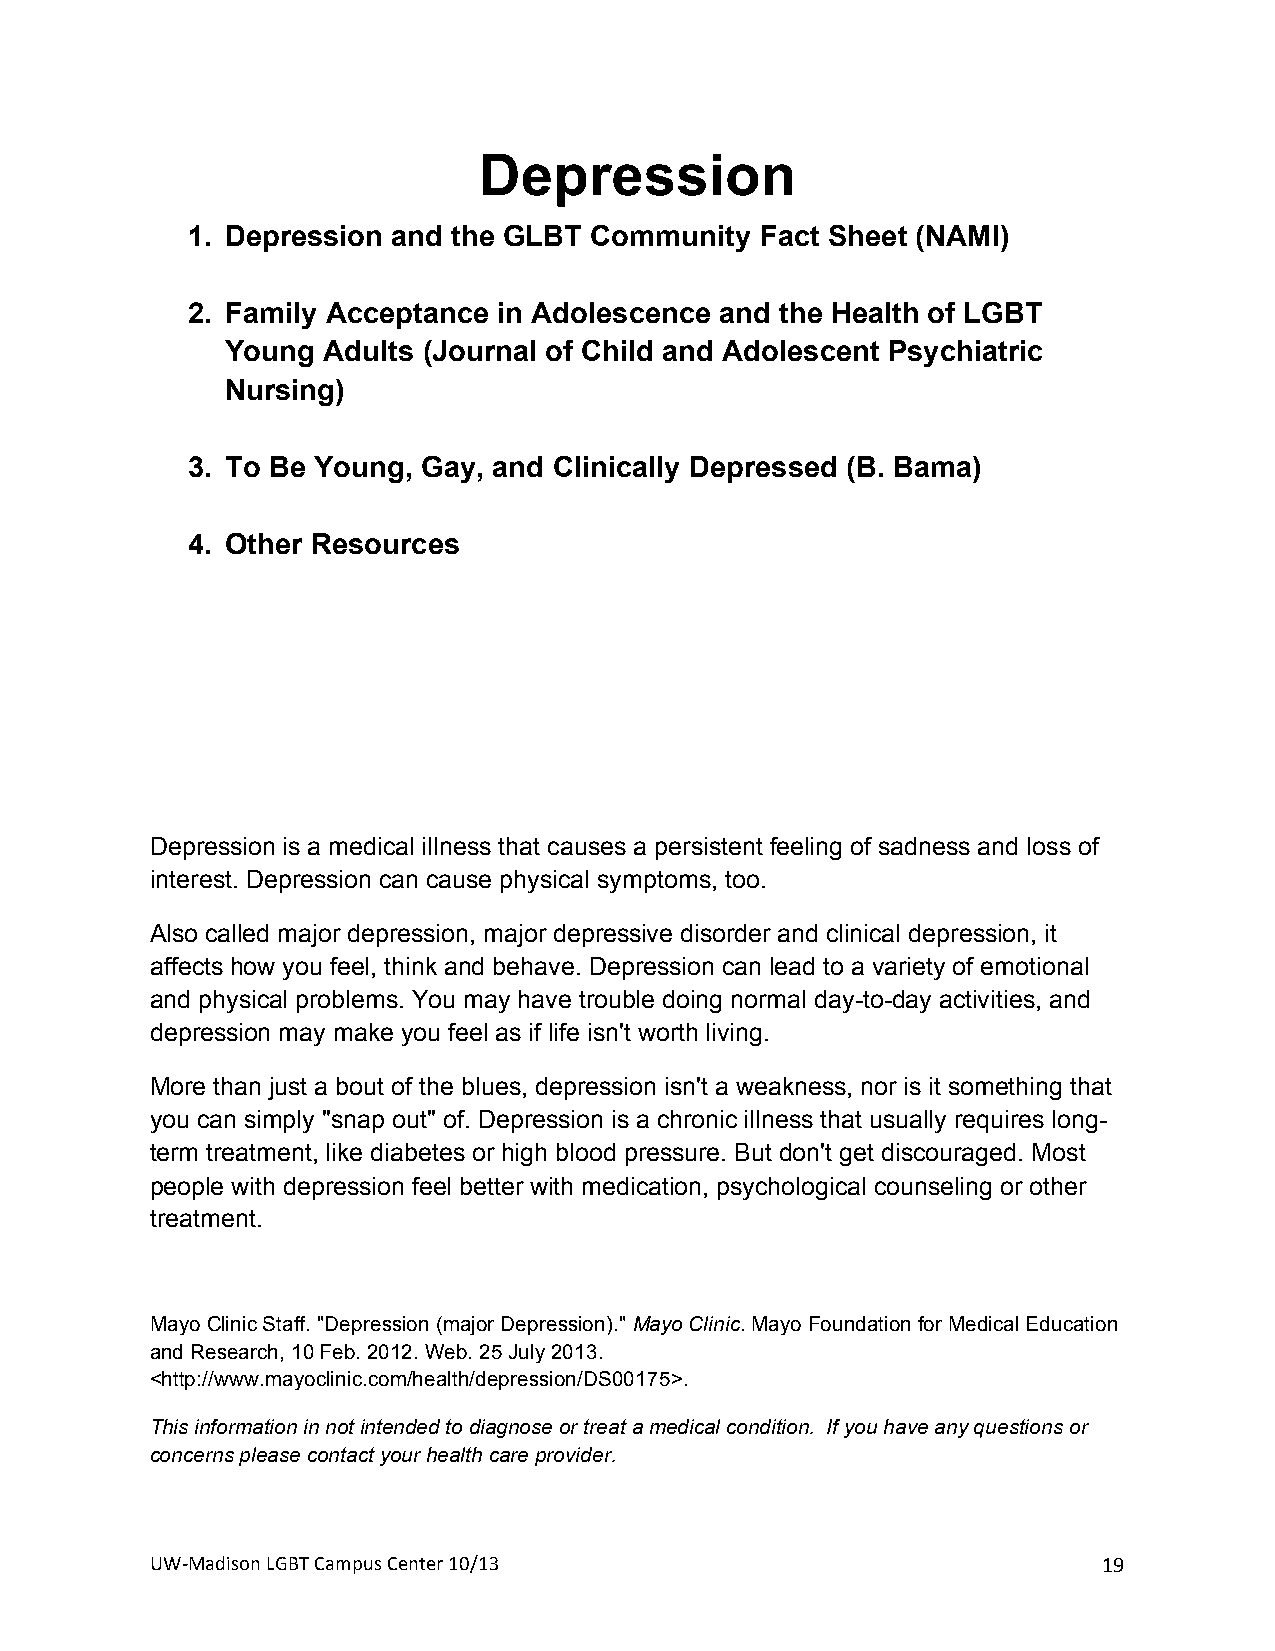
Depression
 1. Depression and the GLBT Community  Fact Sheet (NAMI)
 2. Family Acceptance in Adolescence and the Health of LGBT
 Young Adults (Journal of Child and Adolescent Psychiatric
 Nursing)
 3. To Be Young, Gay, and Clinically Depressed (B. Bama)
 4. Other Resources
 +
 Depression is a medical illness that causes a persistent feeling of sadness and loss of
 interest. Depression can cause physical symptoms, too.
 Also called major depression, major depressive disorder and clinical depression, it
 affects how you feel, think and behave. Depression can lead to a variety of emotional
 and physical problems. You may have trouble doing normal day-to-day activities, and
 depression may make you feel as if life isn't worth living.
 More than just a bout of the blues, depression isn't a weakness, nor is it something that
 you can simply "snap out" of. Depression is a chronic illness that usually requires long-
 term treatment, like diabetes or high blood pressure. But don't get discouraged. Most
 people with depression feel better with medication, psychological counseling or other
 treatment.
 +
 Mayo Clinic Staff. "Depression (major Depression)." Mayo Clinic. Mayo Foundation for Medical Education
 and Research, 10 Feb. 2012. Web. 25 July 2013.
 <http://www.mayoclinic.com/health/depression/DS00175>.
 This information in not intended to diagnose or treat a medical condition. If you have any questions or
 concerns please contact your health care provider.
 UW#Madison+LGBT+Campus+Center+10/13+                           19+